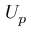
U _ { p }